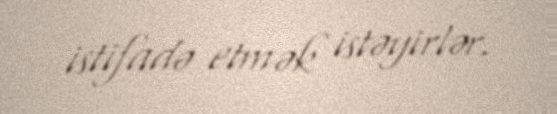
istifadə etmək istəyirlər.